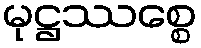
မုဋ္ဌဿစ္စေ